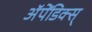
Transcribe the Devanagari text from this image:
अॅपेंडिक्स्